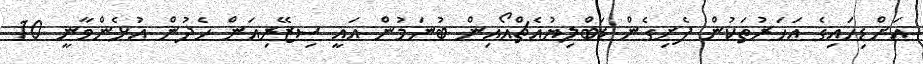
އަށްޑިހައިގެ އަހަރުތަކުން ފެށިގެން ޑަބްލިޔުއެޗްއޯޯއިން ބުނަމުން އައީ ސިޒޭރިއަން ހެދުން އުޅެންވާނީ 10